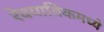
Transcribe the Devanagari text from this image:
रेक्याविकमध्ये